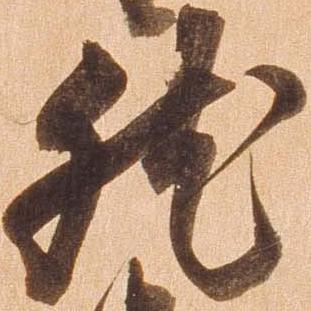
然